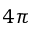
4 \pi